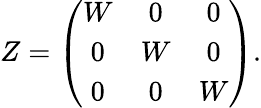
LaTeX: Z=\left(\begin{array}{ccc}{{W}}&{{0}}&{{0}}\\ {{0}}&{{W}}&{{0}}\\ {{0}}&{{0}}&{{W}}\end{array}\right).